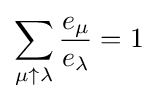
\sum _{\mu \uparrow \lambda }{\frac {e_{\mu }}{e_{\lambda }}}=1